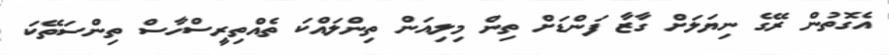
އެގޮތުން ރޭގެ ނިޔަލަށް ގާޒާ ފަންޑަށް ތިން މިލިއަން ތިންލައްކަ ތެއްތިރީސްހާސް ތިންސަތޭކަ